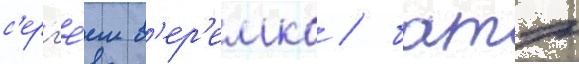
с'ерг'е́ем в'ер'емко / батэ